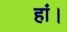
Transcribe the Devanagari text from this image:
हां।